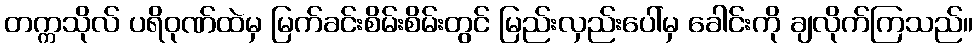
တက္ကသိုလ် ပရိဝုဏ်ထဲမှ မြက်ခင်းစိမ်းစိမ်းတွင် မြည်းလှည်းပေါ်မှ ခေါင်းကို ချလိုက်ကြသည်။